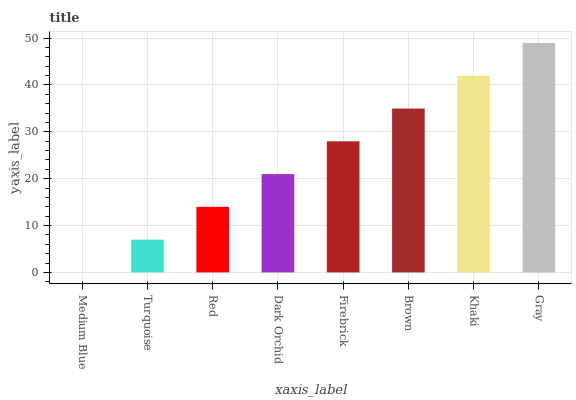
| xaxis_label | bars |
 | --- | --- |
 | Medium Blue | 0 |
 | Turquoise | 6.99 |
 | Red | 14 |
 | Dark Orchid | 21 |
 | Firebrick | 28 |
 | Brown | 35 |
 | Khaki | 42 |
 | Gray | 49 |